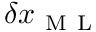
\delta x _ { \mathrm { ~ M ~ L ~ } }